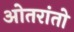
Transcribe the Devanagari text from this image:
ओतरांतो